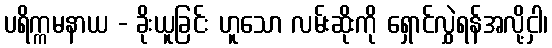
ပရိက္ကမနာယ - ခိုးယူခြင်း ဟူသော လမ်းဆိုးကို ရှောင်လွှဲရန်အလို့ငှါ၊